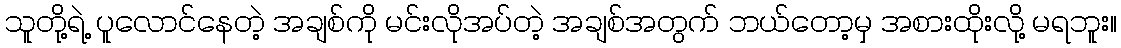
သူတို့ရဲ့ ပူလောင်နေတဲ့ အချစ်ကို မင်းလိုအပ်တဲ့ အချစ်အတွက် ဘယ်တော့မှ အစားထိုးလို့ မရဘူး။